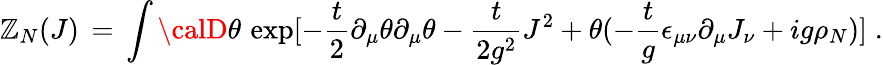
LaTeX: {\cal\mathbb{Z}}_{N}(J)\, =\, \int{\calD}\theta\, \exp[-\frac{{t}}{{2}}\partial_{\mu}\theta\partial_{\mu}\theta-\frac{{t}}{{2g^{2}}}J^{2}+\theta(-\frac{{t}}{{g}}\epsilon_{\mu\nu}\partial_{\mu}J_{\nu}+ig\rho_{N})]\; .